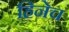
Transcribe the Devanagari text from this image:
हिनेच